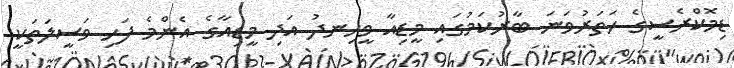
ޑިމޮކްރެސީގެ ހަތަރުވަނަ ބާރުކަމުގައި މީޑިއާ ވީހިނދު އަދި މީޑިއާގެ އެންމެ ފަހި ވަސީލަތަކީ